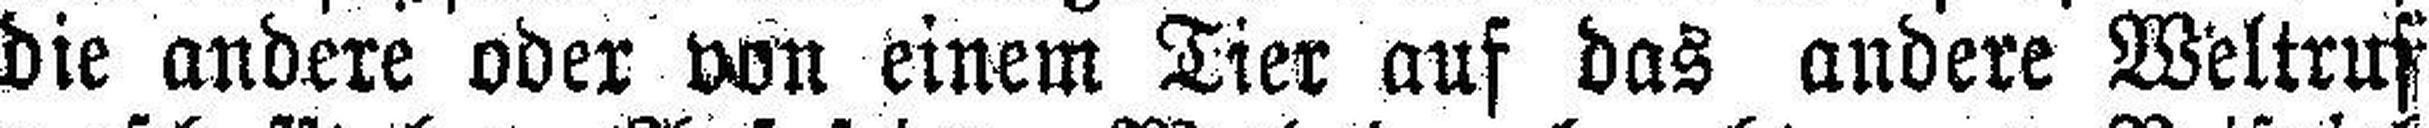
die andere oder von einem Tier auf das andere Weltruf